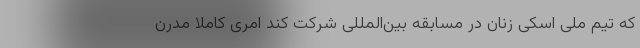
که تیم ملی اسکی زنان در مسابقه بین‌المللی شرکت کند امری کاملاً مدرن